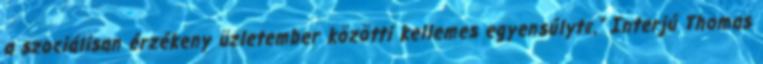
a szociálisan érzékeny üzletember közötti kellemes egyensúlyt«.” Interjú Thomas